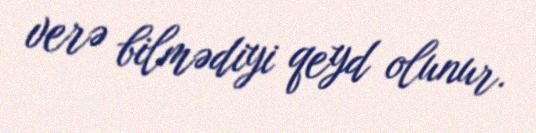
verə bilmədiyi qeyd olunur.